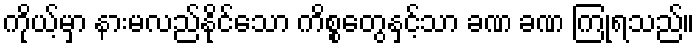
ကိုယ့်မှာ နားမလည်နိုင်သော ကိစ္စတွေနှင့်သာ ခဏ ခဏ ကြုံရသည်။